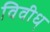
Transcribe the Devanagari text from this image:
विवीध्